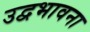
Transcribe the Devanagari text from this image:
उद्वभावना